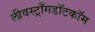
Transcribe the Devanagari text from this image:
लीवस्ट्राँगडॉटकॉम